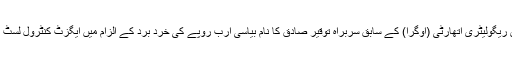
آئل اینڈ گیس ریگولیٹری اتھارٹی (اوگرا) کے سابق سربراہ توقیر صادق کا نام بیاسی ارب روپے کی خُرد برد کے الزام میں ایگزٹ کنٹرول لسٹ میں ڈالا گیا۔